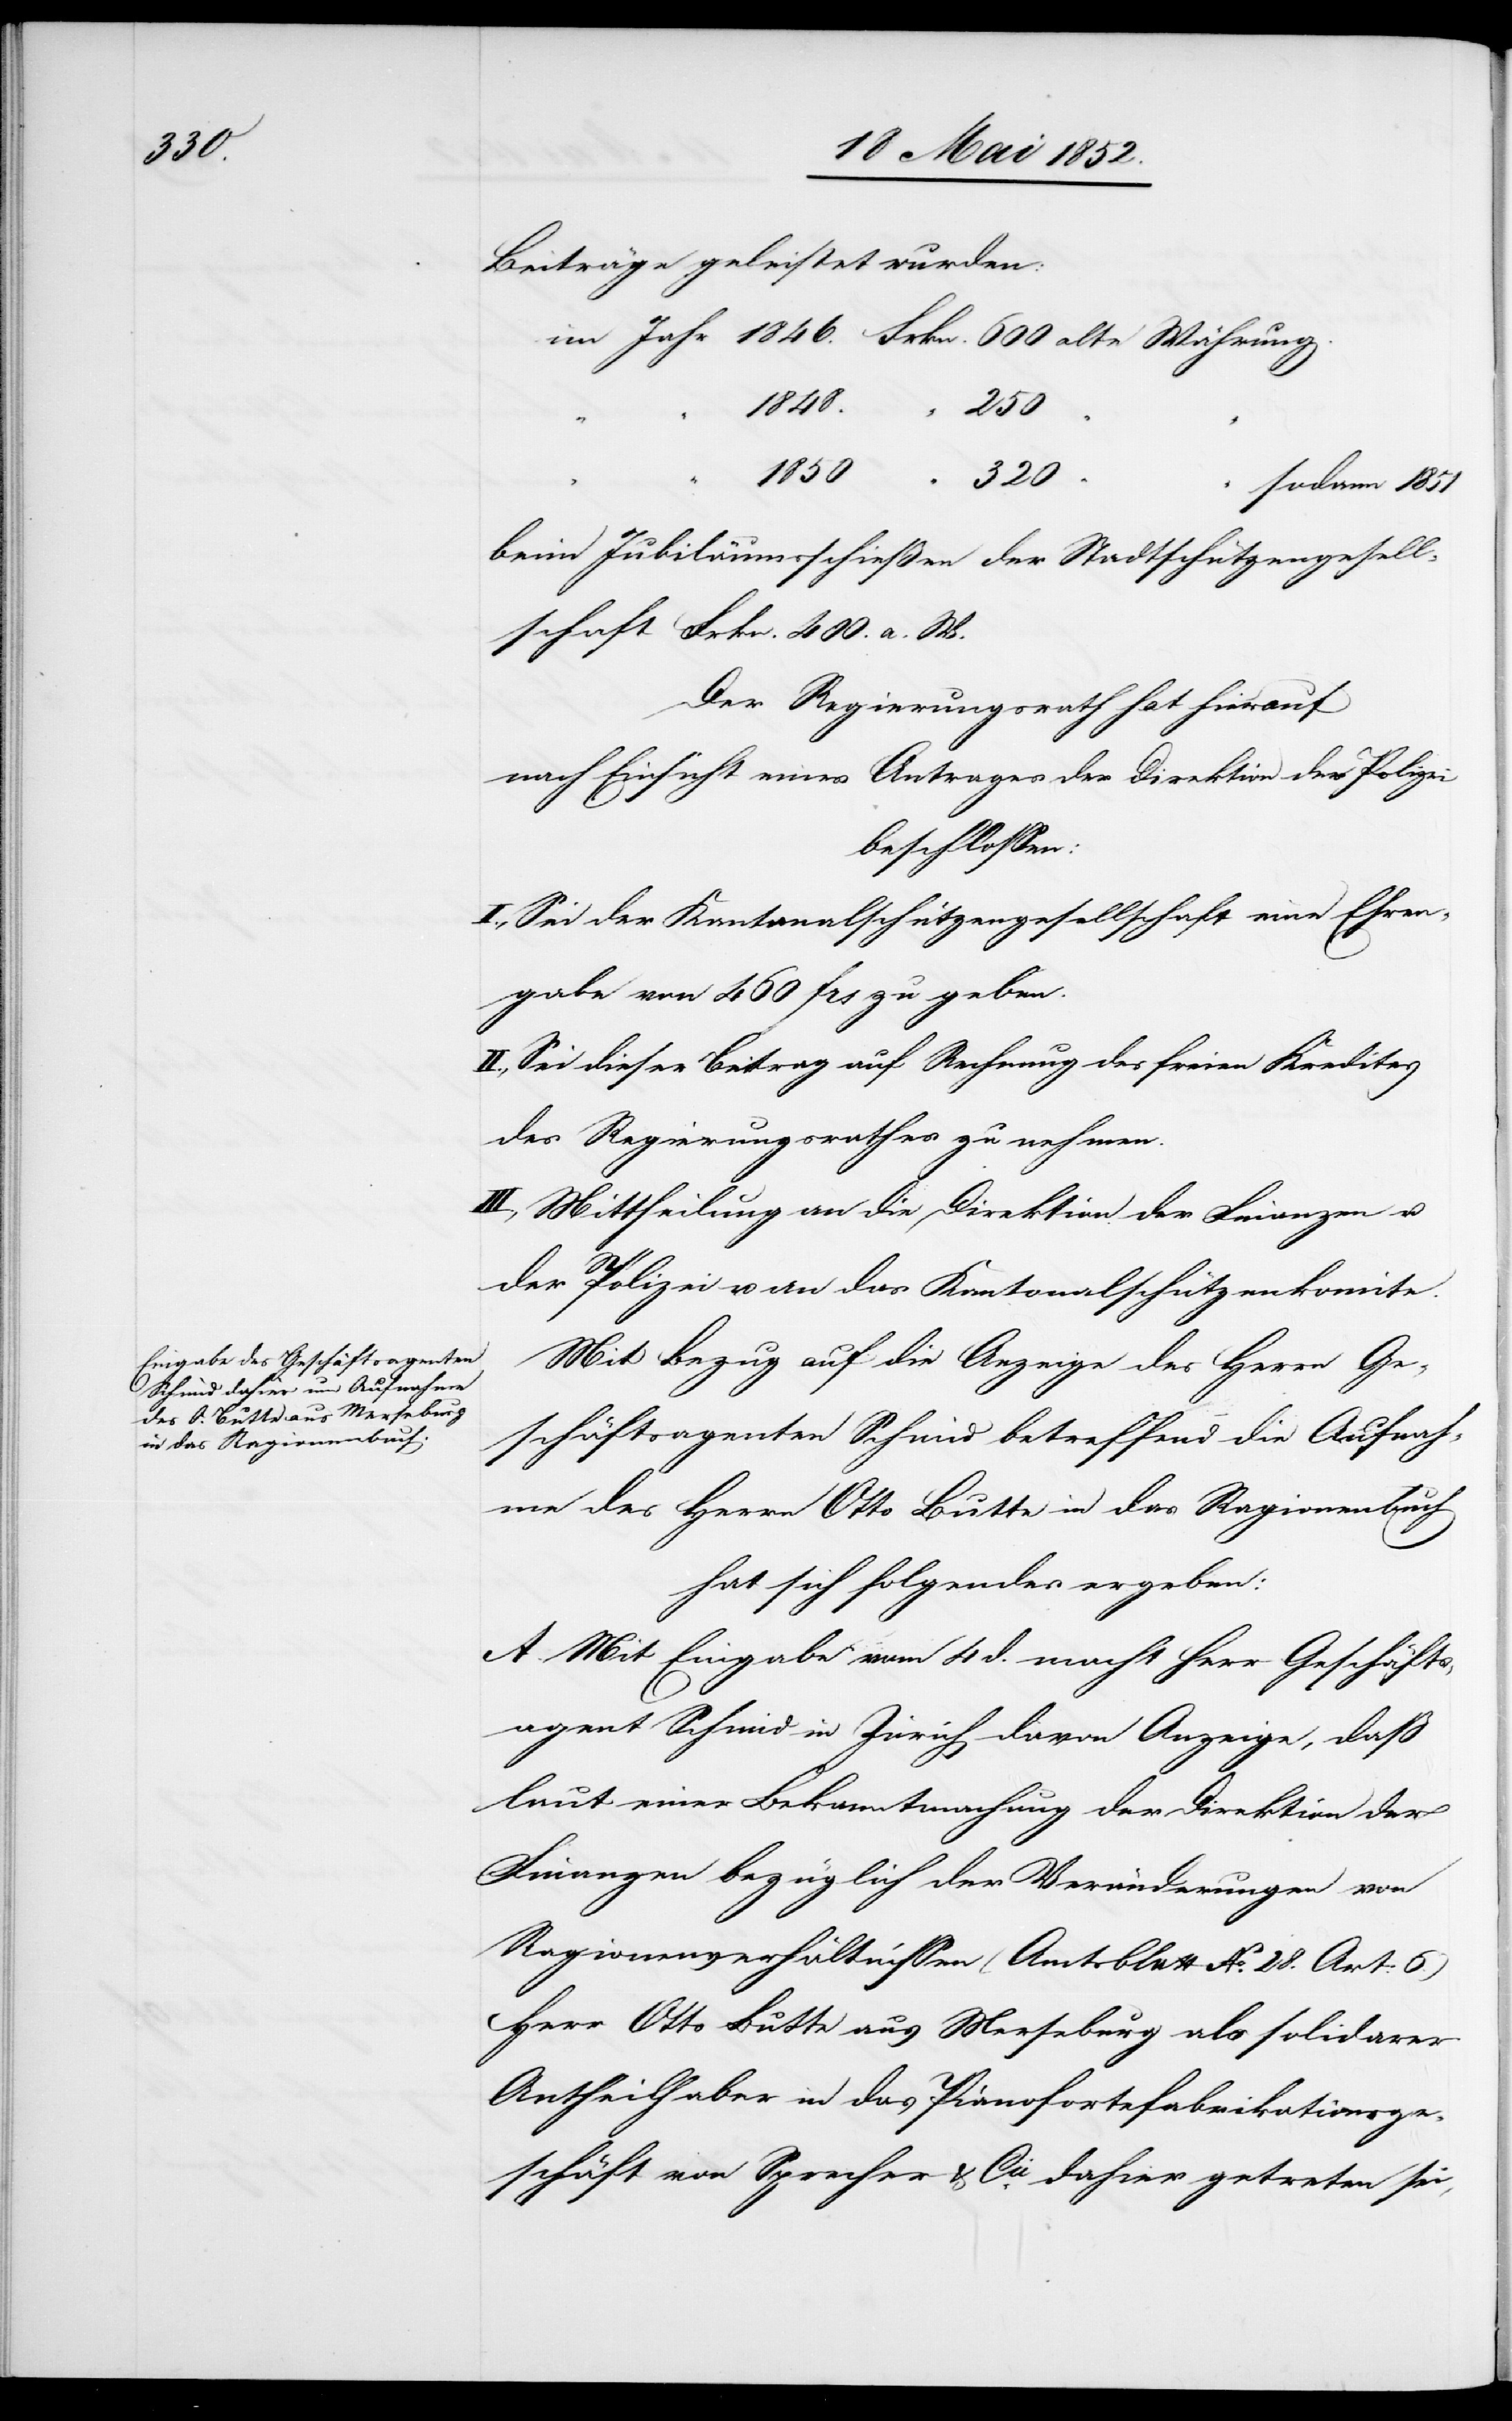
Beiträge geleistet wurden:
tschüt¬
250
sell¬
1850
320
“ “
sodann 1851
schaft Frkn. 400. a. W.
Der Regierungsrath hat hierauf
nach Einsicht eines Antrages der Direktion der Polizei
beschlossen:
I., Sei der Kantonalschützengesellschaft eine Ehren¬
gabe von 460 frs zu geben.
II., Sei dieser Beitrag auf Rechnung des freien Kredites
des Regierungsrathes zu nehmen.
III., Mittheilung an die Direktion der Finanzen u.
der Polizei u. an das Kantonalschützenkomite.
Mit Bezug auf die Anzeige des Herrn Ge¬
schäftsagenten Schmid betreffend die Aufnah¬
me des Herrn Otto Butte in das Ragionenbuch
hat sich folgendes ergeben:
A. Mit Eingabe vom 4 d. macht Herr Geschäfts¬
agent Schmid in Zürich davon Anzeige, dass
laut einer Bekanntmachung der Direktion der
Finanzen bezüglich der Veränderungen von
Ragionenverhältnissen (Amtsblatt No. 28. Art: 6.)
Herr Otto Butte aus Merseburg als solidarer
Antheilhaber in das Pianofortefabrikationsge¬
schäft von Sprecher & Cie. dahier getreten sei,